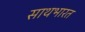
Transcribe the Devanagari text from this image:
साथभारत